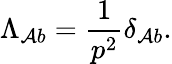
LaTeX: \Lambda_{\mathcal{A}b}=\frac{{1}}{{p^{2}}}\delta_{\mathcal{A}b}.